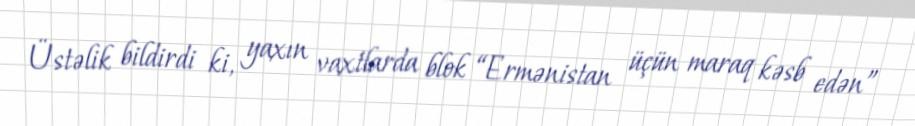
Üstəlik bildirdi ki, yaxın vaxtlarda blok “Ermənistan üçün maraq kəsb edən”